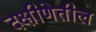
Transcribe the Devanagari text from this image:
दक्षीणेतील